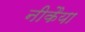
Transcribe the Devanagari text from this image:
नीकैया